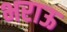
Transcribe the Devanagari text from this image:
भराऊ